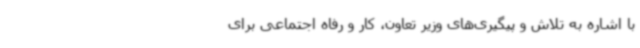
با اشاره به تلاش و پیگیری‌های وزیر تعاون، کار و رفاه اجتماعی برای